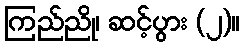
ကြည်ညို၊ ဆင့်ပွား (၂)။